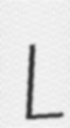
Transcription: L